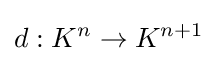
d:K^{n}\to K^{n+1}